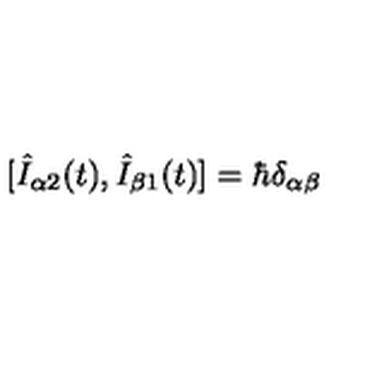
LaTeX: [ \hat { I } _ { \alpha 2 } ( t ) , \hat { I } _ { \beta 1 } ( t ) ] = \hbar \delta _ { \alpha \beta }